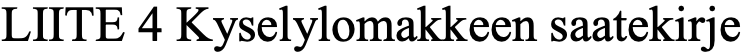
LIITE 4 Kyselylomakkeen saatekirje